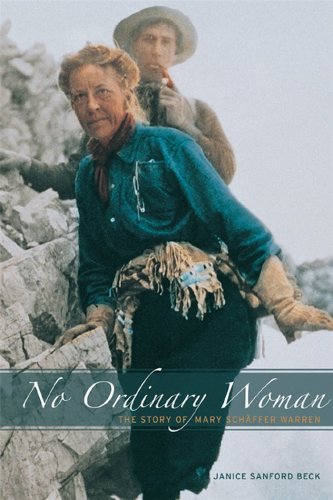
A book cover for No Ordinary Woman: The Story of Mary SchÃ¤ffer Warren; Janice Sanford Beck; Biographies & Memoirs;